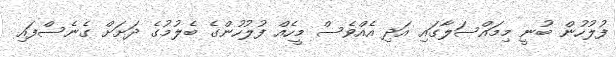
ފުލުހުން ބުނީ މިމައްސަލާގައި އަދި އެއްވެސް މީހެއް ފުލުހުންގެ ބެލުމުގެ ދަށަށް ގެނެސްފައި